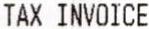
TAX INVOICE